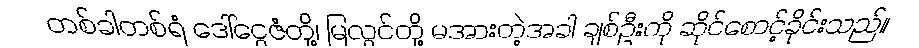
တစ်ခါတစ်ရံ ဒေါ်ငွေဇံတို့၊ မြလွင်တို့ မအားတဲ့အခါ ချစ်ဦးကို ဆိုင်စောင့်ခိုင်းသည်။